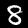
Label: 8